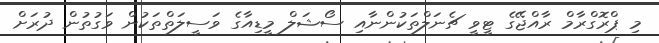
މި ޕްރޮގްރާމް ރާއްޖޭގެ ޓީވީ ޗެނަލްތަކުންނާއި ސޯޝަލް މީޑިއާގެ ވަސީލަތްތަކުން ވަގުތުން ދުރަށް